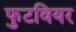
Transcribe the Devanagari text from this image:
फुटवियर